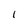
Character: l